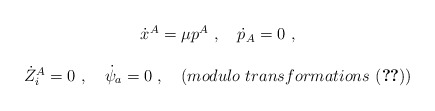
\begin{align*}\begin{array}{c}\dot x^A=\mu p^A\ ,\quad \dot p_A=0\ , \\\\\dot Z_i^A=0\ ,\quad \dot \psi _a=0\ ,\quad (modulo\ transformations\ (\ref{eqrel}))\end{array}\end{align*}